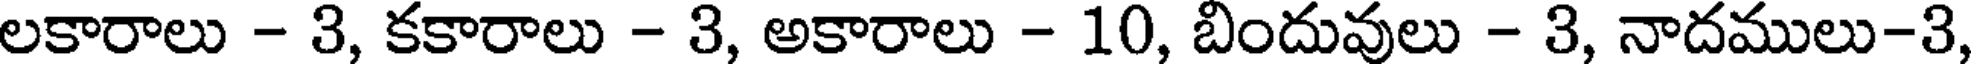
లకారాలు - 3, కకారాలు - 3, అకారాలు - 10, బిందువులు - 3, నాదములు-3,